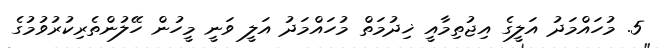
5. މުހައްމަދު އަލީގެ އިޖުތިމާއީ ޚިދުމަތް މުހައްމަދު އަލީ ވަނީ މީހުން ހޭލުންތެރިކުރުވުމުގެ